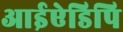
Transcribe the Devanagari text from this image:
आईऐडिपि